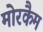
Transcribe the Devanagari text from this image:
मोरकैम